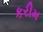
કરીમ